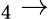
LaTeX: _4\to